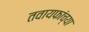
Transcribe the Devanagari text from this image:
तवायफांच्या